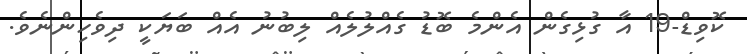
ކޮވިޑް-19 އާ ގުޅިގެން އެންމެ ބޮޑު ގެއްލުލެއް ލިބުނު އެއް ބަޔަކީ ދިވެހިންނެވެ.